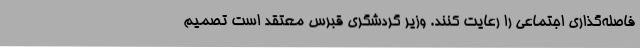
فاصله‌گذاری اجتماعی را رعایت کنند. وزیر گردشگری قبرس معتقد است تصمیم